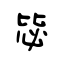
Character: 毖